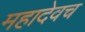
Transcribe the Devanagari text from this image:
महादेवच